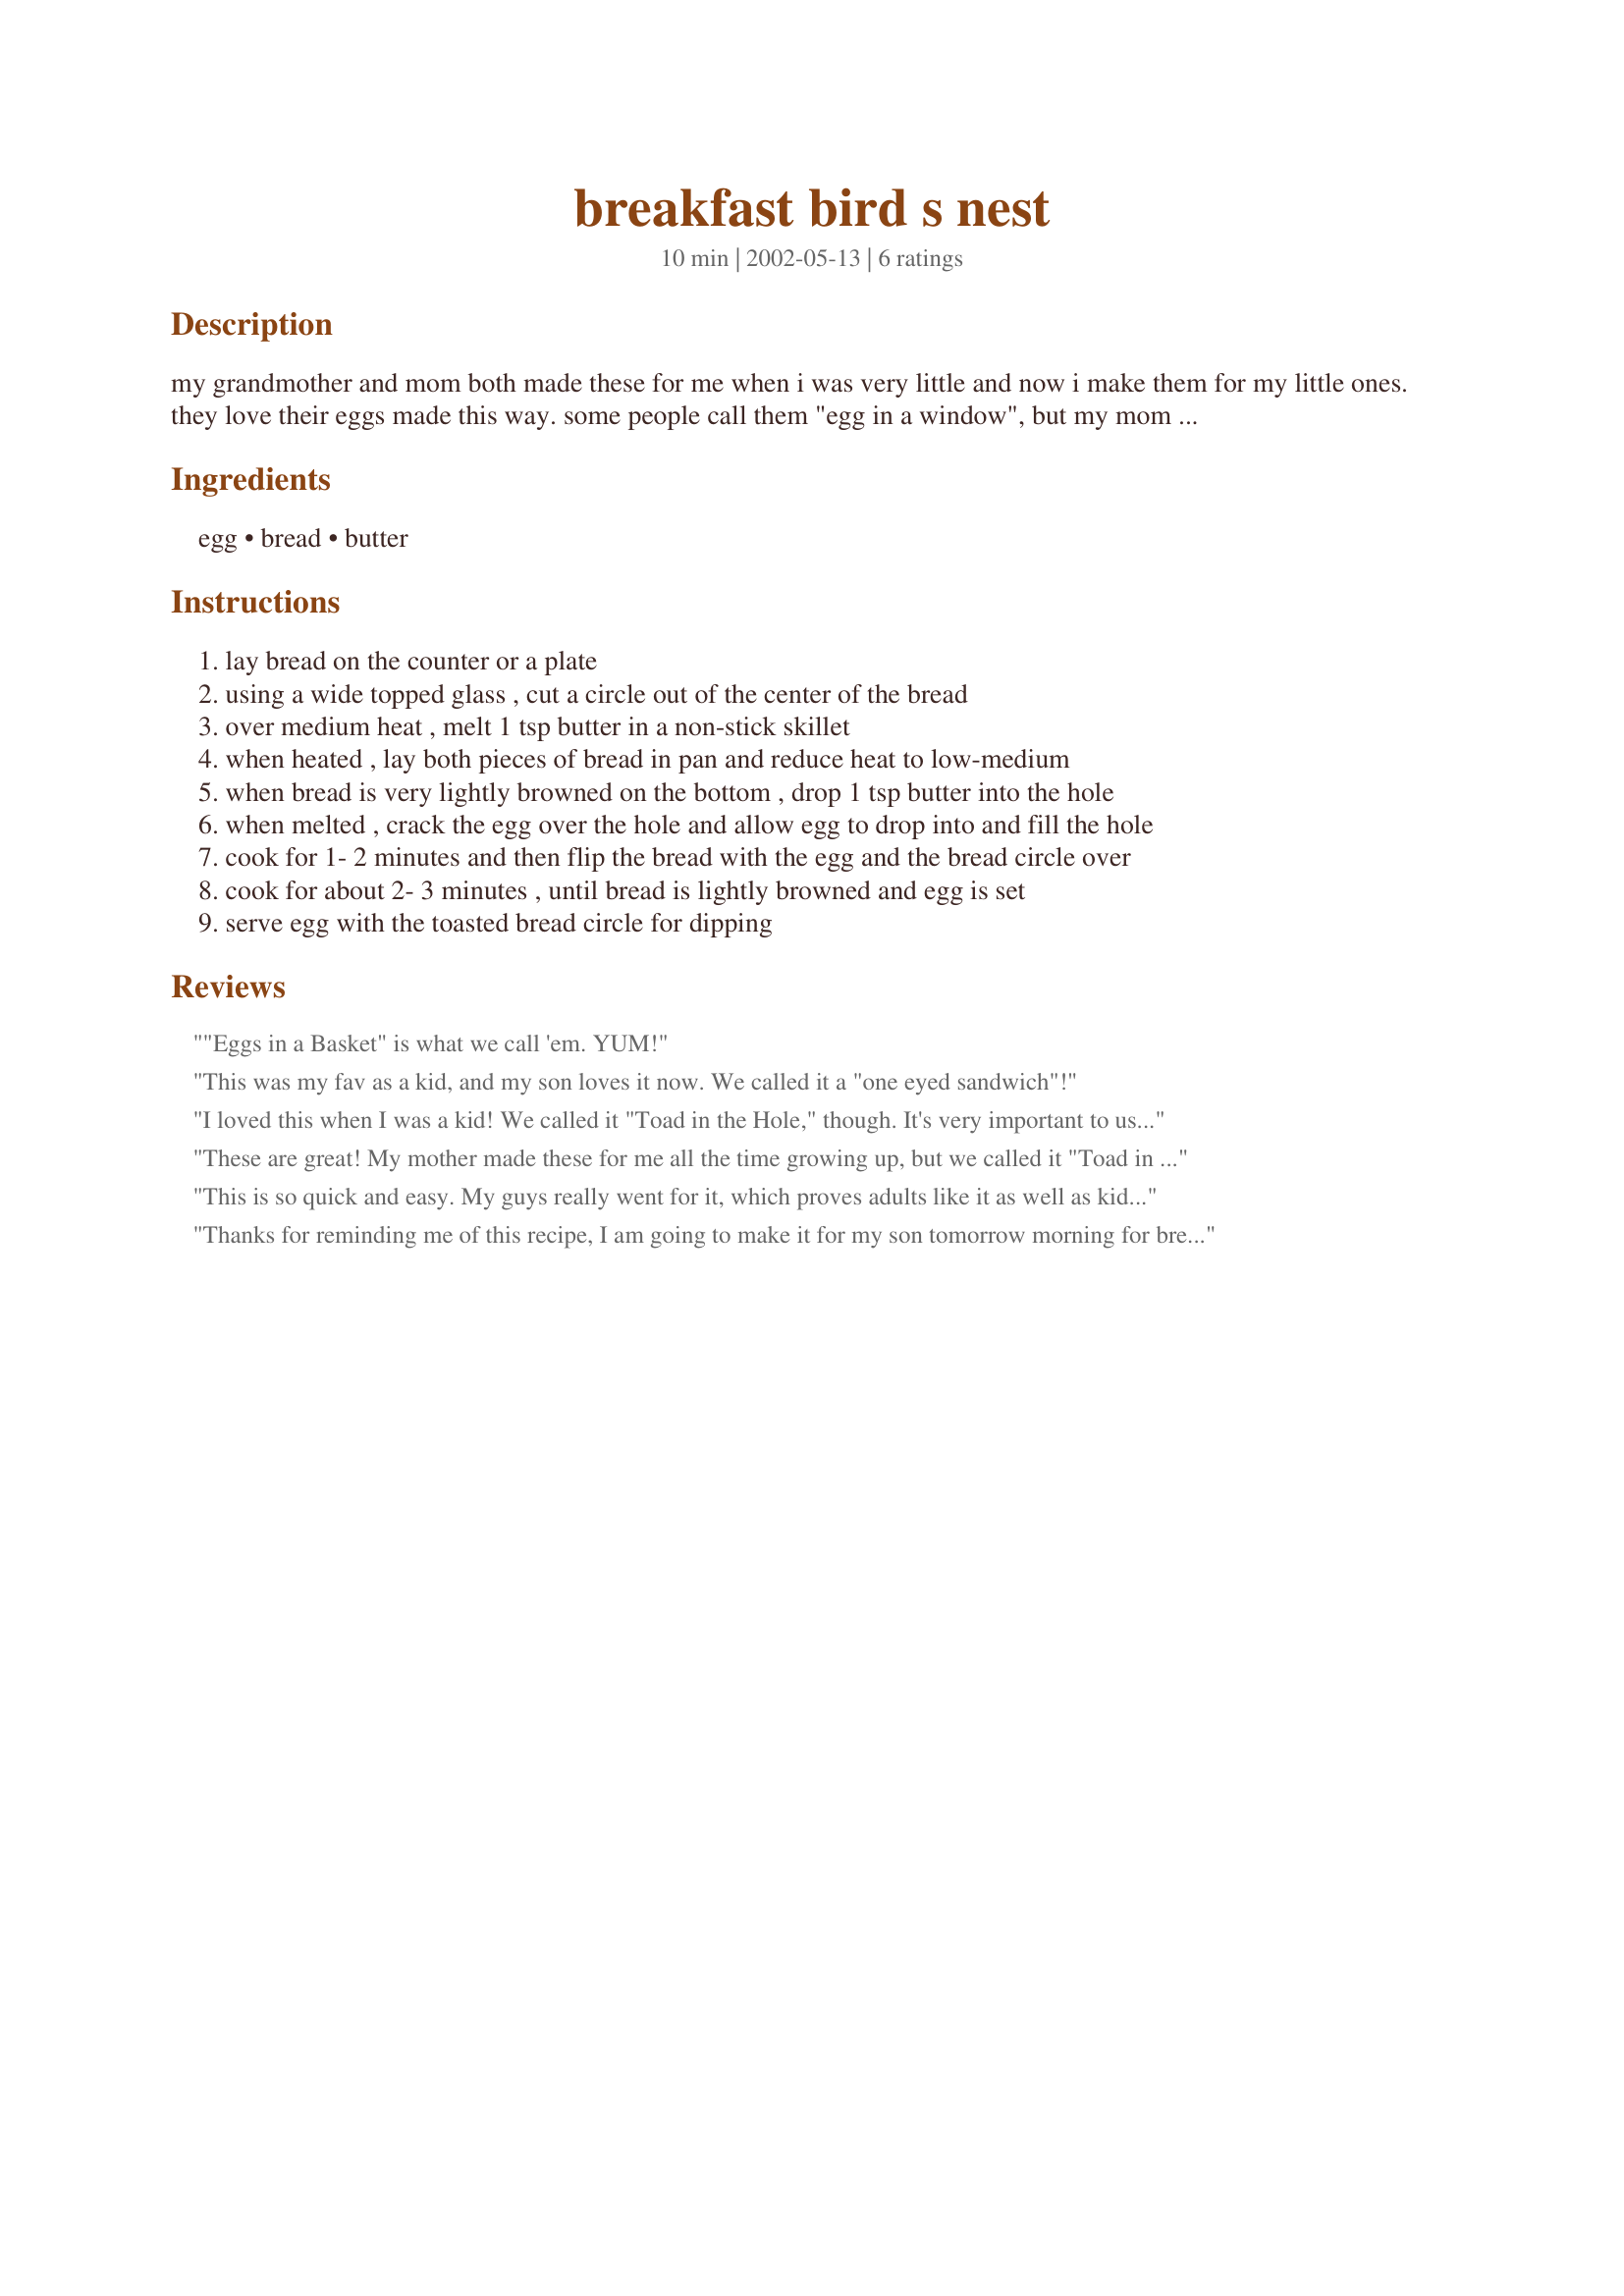
breakfast bird s nest
Preparation time: 10 minutes

my grandmother and mom both made these for me when i was very little and now i make them for my little ones. they love their eggs made this way. some people call them "egg in a window", but my mom always called them "bird's nests". kids love them, but i still make them for myself :) there's just something yummier about the "dipping" toast being fried in butter instead of just popped in the toaster, and after dipping, the egg white tastes great with the fried bread from the "nest".

Ingredients:
egg, bread, butter

Steps:
lay bread on the counter or a plate
using a wide topped glass , cut a circle out of the center of the bread
over medium heat , melt 1 tsp butter in a non-stick skillet
when heated , lay both pieces of bread in pan and reduce heat to low-medium
when bread is very lightly browned on the bottom , drop 1 tsp butter into the hole
when melted , crack the egg over the hole and allow egg to drop into and fill the hole
cook for 1- 2 minutes and then flip the bread with the egg and the bread circle over
cook for about 2- 3 minutes , until bread is lightly browned and egg is set
serve egg with the toasted bread circle for dipping

Reviews:
"Eggs in a Basket" is what we call 'em.
YUM!
This was my fav as a kid, and my son loves it now. We called it a "one eyed sandwich"!
I loved this when I was a kid! We called it "Toad in the Hole," though. It's very important to use butter, not any other kind of oil.
These are great! My mother made these for me all the time growing up, but we called it "Toad in the Hole" as well.
This is so quick and easy. My guys really went for it, which proves adults like it as well as kids. The only thing i did different was to use a biscuit cutter to cut the center out of the bread with.
Thanks for reminding me of this recipe, I am going to make it for my son tomorrow morning for breakfast. When I was a kid, my mom and aunt's used to call it a "framed egg". Thanks again...
